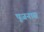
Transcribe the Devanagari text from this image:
पूजनास